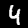
Digit: 4